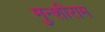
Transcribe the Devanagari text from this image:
मुन्शीराम